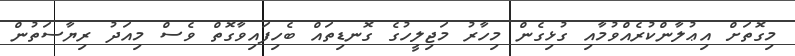
މިގޮތަށް އިޢުލާންކުރެއްވުމާއި ގުޅިގެން މިހާރު މަޖިލީހުގެ ގޮނޑިތައް ބެހިފައިވާގޮތް ވެސް މިއަދު ރިޔާސަތުން